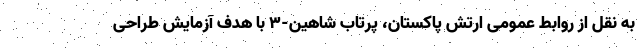
به نقل از روابط عمومی ارتش پاکستان، پرتاب شاهین-۳ با هدف آزمایش طراحی